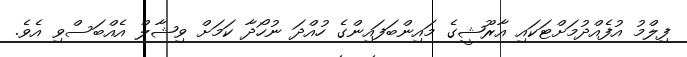
ފިލްމު އުފެެއްދުމަށްޓަކައި އާރޫޝީގެ މައިންބަފައިންގެ ހުއްދަ ނުހޯދާ ކަމަށް ވިޝާލް އެއްބަސްވި އެވެ.